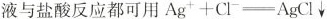
液与盐酸反应都可用 $$Ag^{+}+Cl^{-}=AgCl\downarrow$$